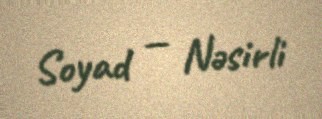
Soyad — Nəsirli